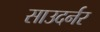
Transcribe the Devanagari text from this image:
साउदर्नर